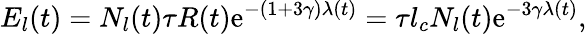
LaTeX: E_{l}(t)=N_{l}(t)\tau R(t)\mathrm{e}^{-(1+3\gamma)\lambda(t)}=\tau l_{c}N_{l}(t)\mathrm{e}^{-3\gamma\lambda(t)},